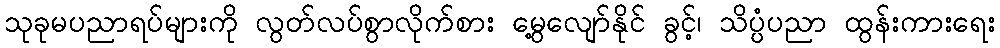
သုခုမပညာရပ်များကို လွတ်လပ်စွာလိုက်စား မွေ့လျော်နိုင် ခွင့်၊ သိပ္ပံပညာ ထွန်းကားရေး